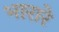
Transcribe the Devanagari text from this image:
भारारे